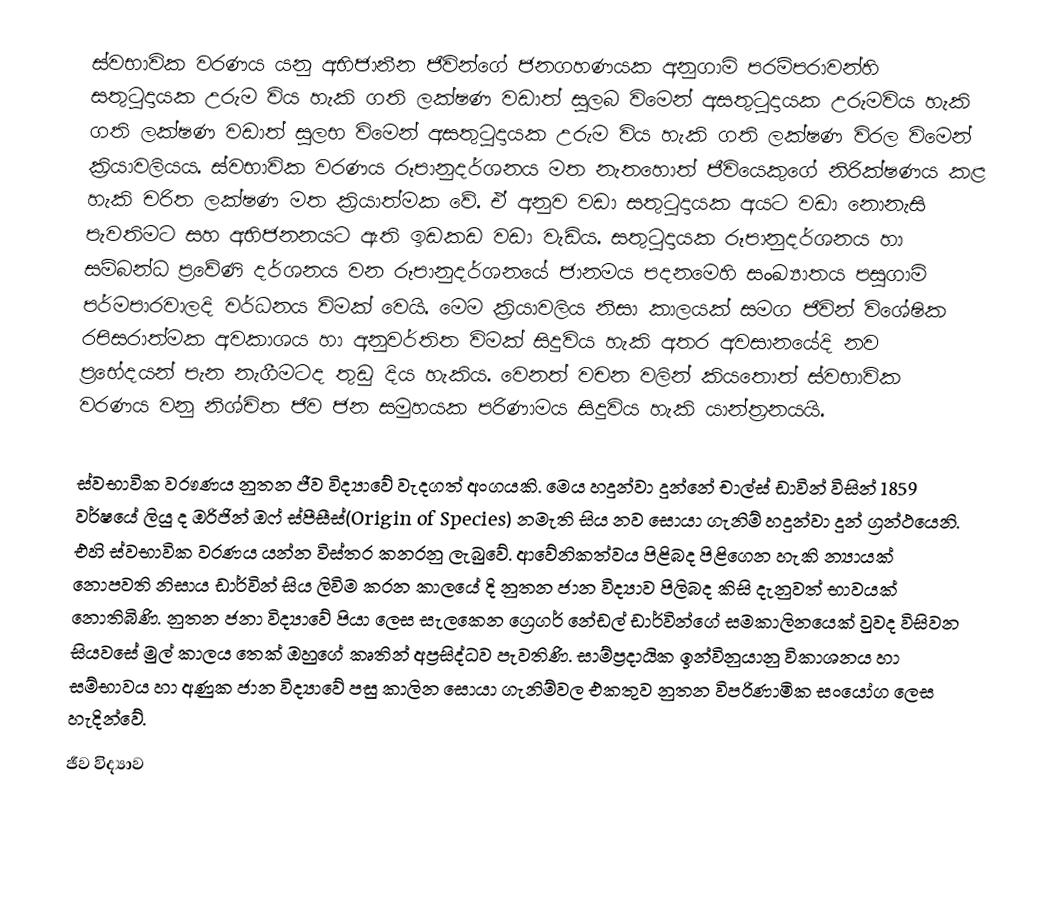
ස්වභාවික වරණය යනු අභිජානීන ජිවින්ගේ ජනගහණයක අනුගාමි පරම්පරාවන්හි සතුටුදායක උරුම විය හැකි ගති ලක්ෂණ වඩාත් සුලබ විමෙන් අසතුටුදායක උරුමවිය හැකි ගති ලක්ෂණ වඩාත් සුලභ විමෙන් අසතුටුදායක උරුම විය හැකි ගති ලක්ෂණ විරල විමෙන් ක්‍රියාවලියය. ස්වභාවික වරණය රූපානුදර්ශනය මත නැතහොත් ජීවියෙකුගේ නිරික්ෂණය කළ හැකි චරිත ලක්ෂණ මත ක්‍රියාත්මක වේ. ඒ අනුව වඩා සතුටුදායක අයට වඩා නොනැසි පැවතිමට සහ අභිජනනයට ඇති ඉඩකඩ වඩා වැඩිය. සතුටුදායක රූපානුදර්ශනය හා සම්බන්ධ ප්‍රවේණි දර්ශනය වන රූපානුදර්ශනයේ ජානමය පදනමෙහි සංඛ්‍යාතය පසුගාමි පර්මපාරවාලදි වර්ධනය විමක් වෙයි. මෙම ක්‍රියාවලිය නිසා කාලයක් සමග ජිවින් විශේෂික රපිසරාත්මක අවකාශය හා අනුවර්තිත විමක් සිදුවිය හැකි අතර අවසානයේදි නව ප්‍රභේදයන් පැන නැගීමටද තුඩු දිය හැකිය. වෙනත් වචන වලින් කියතොත් ස්වභාවික වරණය වනු නිශ්චිත ජිව ජන සමුහයක පරිණාමය සිදුවිය හැකි යාන්ත්‍රනයයි.

ස්වභාවික වරෟණය නුතන ජීව විද්‍යාවේ වැදගත් අංගයකි. මෙය හදුන්වා දුන්නේ චාල්ස් ඩාවින් විසින් 1859 වර්ෂයේ ලියු ද ඔරිජින් ඔෆ් ස්පීසීස්(Origin of Species) නමැති සිය නව සොයා ගැනිම් හදුන්වා දුන් ග්‍රන්ථයෙනි. එහි ස්වභාවික වරණය යන්න විස්තර කනරනු ලැබුවේ. ආවේනිකත්වය පිළිබද පිළිගෙන හැකි න්‍යායක් නොපවති නිසාය ඩාර්වින් සිය ලිවිම කරන කාලයේ දි නුතන ජාන විද්‍යාව පිලිබද කිසි දැනුවත් භාවයක් නොතිබිණි. නුතන ජනා විද්‍යාවේ පියා ලෙස සැලකෙන ග්‍රෙගර් නේඩල් ඩාර්වින්ගේ සමකාලිනයෙක් වුවද විසිවන සියවසේ මුල් කාලය තෙක් ඔහුගේ කෘතින් අප්‍රසිද්ධව පැවතිණි. සාම්ප්‍රදායික ඉන්විනුයානු විකාශනය හා සම්භාවය හා අණුක ජාන විද්‍යාවේ පසු කාලින සොයා ගැනිම්වල එකතුව නුතන විපරිණාමික සංයෝග ලෙස හැදින්වේ.
ජීව විද්‍යාව